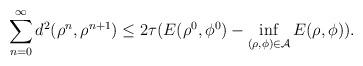
LaTeX: \begin{align*}\sum_{n=0}^\infty d^2(\rho^n, \rho^{n+1})\leq 2\tau( E(\rho^0, \phi^{0}) - \inf_{(\rho, \phi)\in \mathcal{A}}E(\rho, \phi)).\end{align*}